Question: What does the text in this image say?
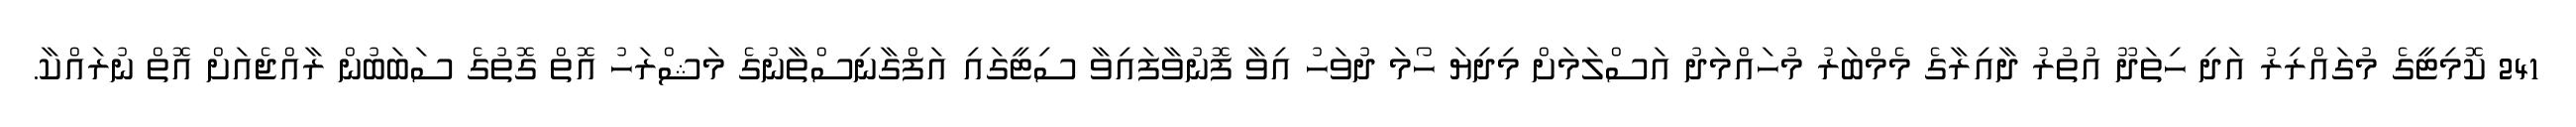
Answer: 241 ކޮމިޓީގެ މުގައްރިރު އަދި ހިތަދޫ އުތުރު ދާއިރާގެ މެމްބަރު މުހައްމަދު އަސްލަމަށް މިދިޔަ ހޯމަ ދުވަހު އިވާ ފޮނުވާފައިވާ ސިޓީގައި އަފްގާނިސްތާނުގެ މަޝްރަހު އޮތް ގޮތުގެ ސަބަބުން ރާއްޖެއަށް އޮތް ނުރައްކާ.